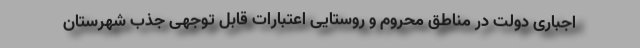
اجباری دولت در مناطق محروم و روستایی اعتبارات قابل توجهی جذب شهرستان